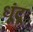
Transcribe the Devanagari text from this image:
धूंदू